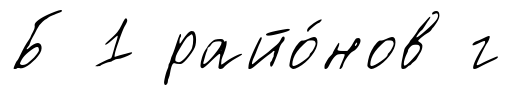
Б 1 райо́нов г